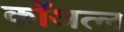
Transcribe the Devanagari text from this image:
कॉअत्ल